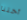
أختنا